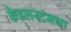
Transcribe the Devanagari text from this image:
केडलस्टनचा